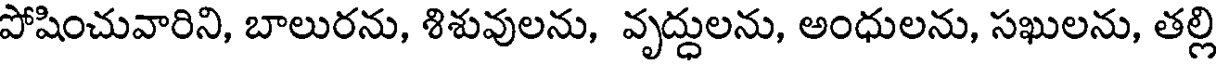
పోషించువారిని, బాలురను, శిశువులను, వృద్దులను, అంధులను, సఖులను, తల్లి